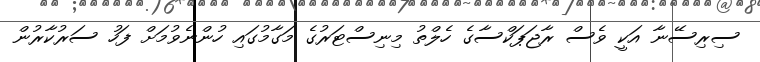
ސިރިސޭނާ އަކީ ވެސް ރާޖަޕަކްސާގެ ހެލްތު މިނިސްޓަރުގެ މަގާމުގައި ހުންނެވުމަށް ފަހު ސަރުކާރުން